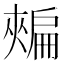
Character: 𢩟